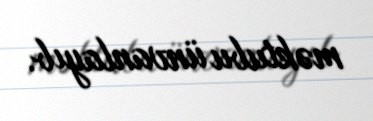
məktubu ünvanlayıb.